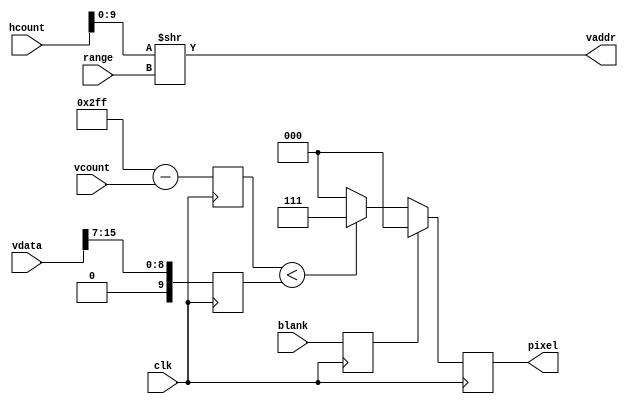
`default_nettype none
//////////////////////////////////////////////////////////////////////////////////
// Project Name: Nexys4 FFT Demo
//////////////////////////////////////////////////////////////////////////////////

module histogram(
    input wire clk,
    input wire [10:0] hcount,
    input wire [9:0] vcount,
    input wire blank,
    input wire [1:0] range,
    output wire [9:0] vaddr,
    input wire [15:0] vdata,
    output reg [2:0] pixel
    );

    // 1 bin per pixel, with the selected range
    assign vaddr = hcount[9:0] >> range;

    reg [9:0] hheight; // Height of histogram bar
    reg [9:0] vheight; // The height of pixel above bottom of screen
    reg blank1; // blank pipelined 1

    always @(posedge clk) begin
        // Pipeline stage 1
        hheight <= vdata >> 7;
        vheight <= 10'd767 - vcount;
        blank1 <= blank;

        // Pipeline stage 2
        pixel <= blank1 ? 3'b0 : (vheight < hheight) ? 3'b111 : 3'b0;
    end

endmodule